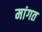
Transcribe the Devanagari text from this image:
मांगत